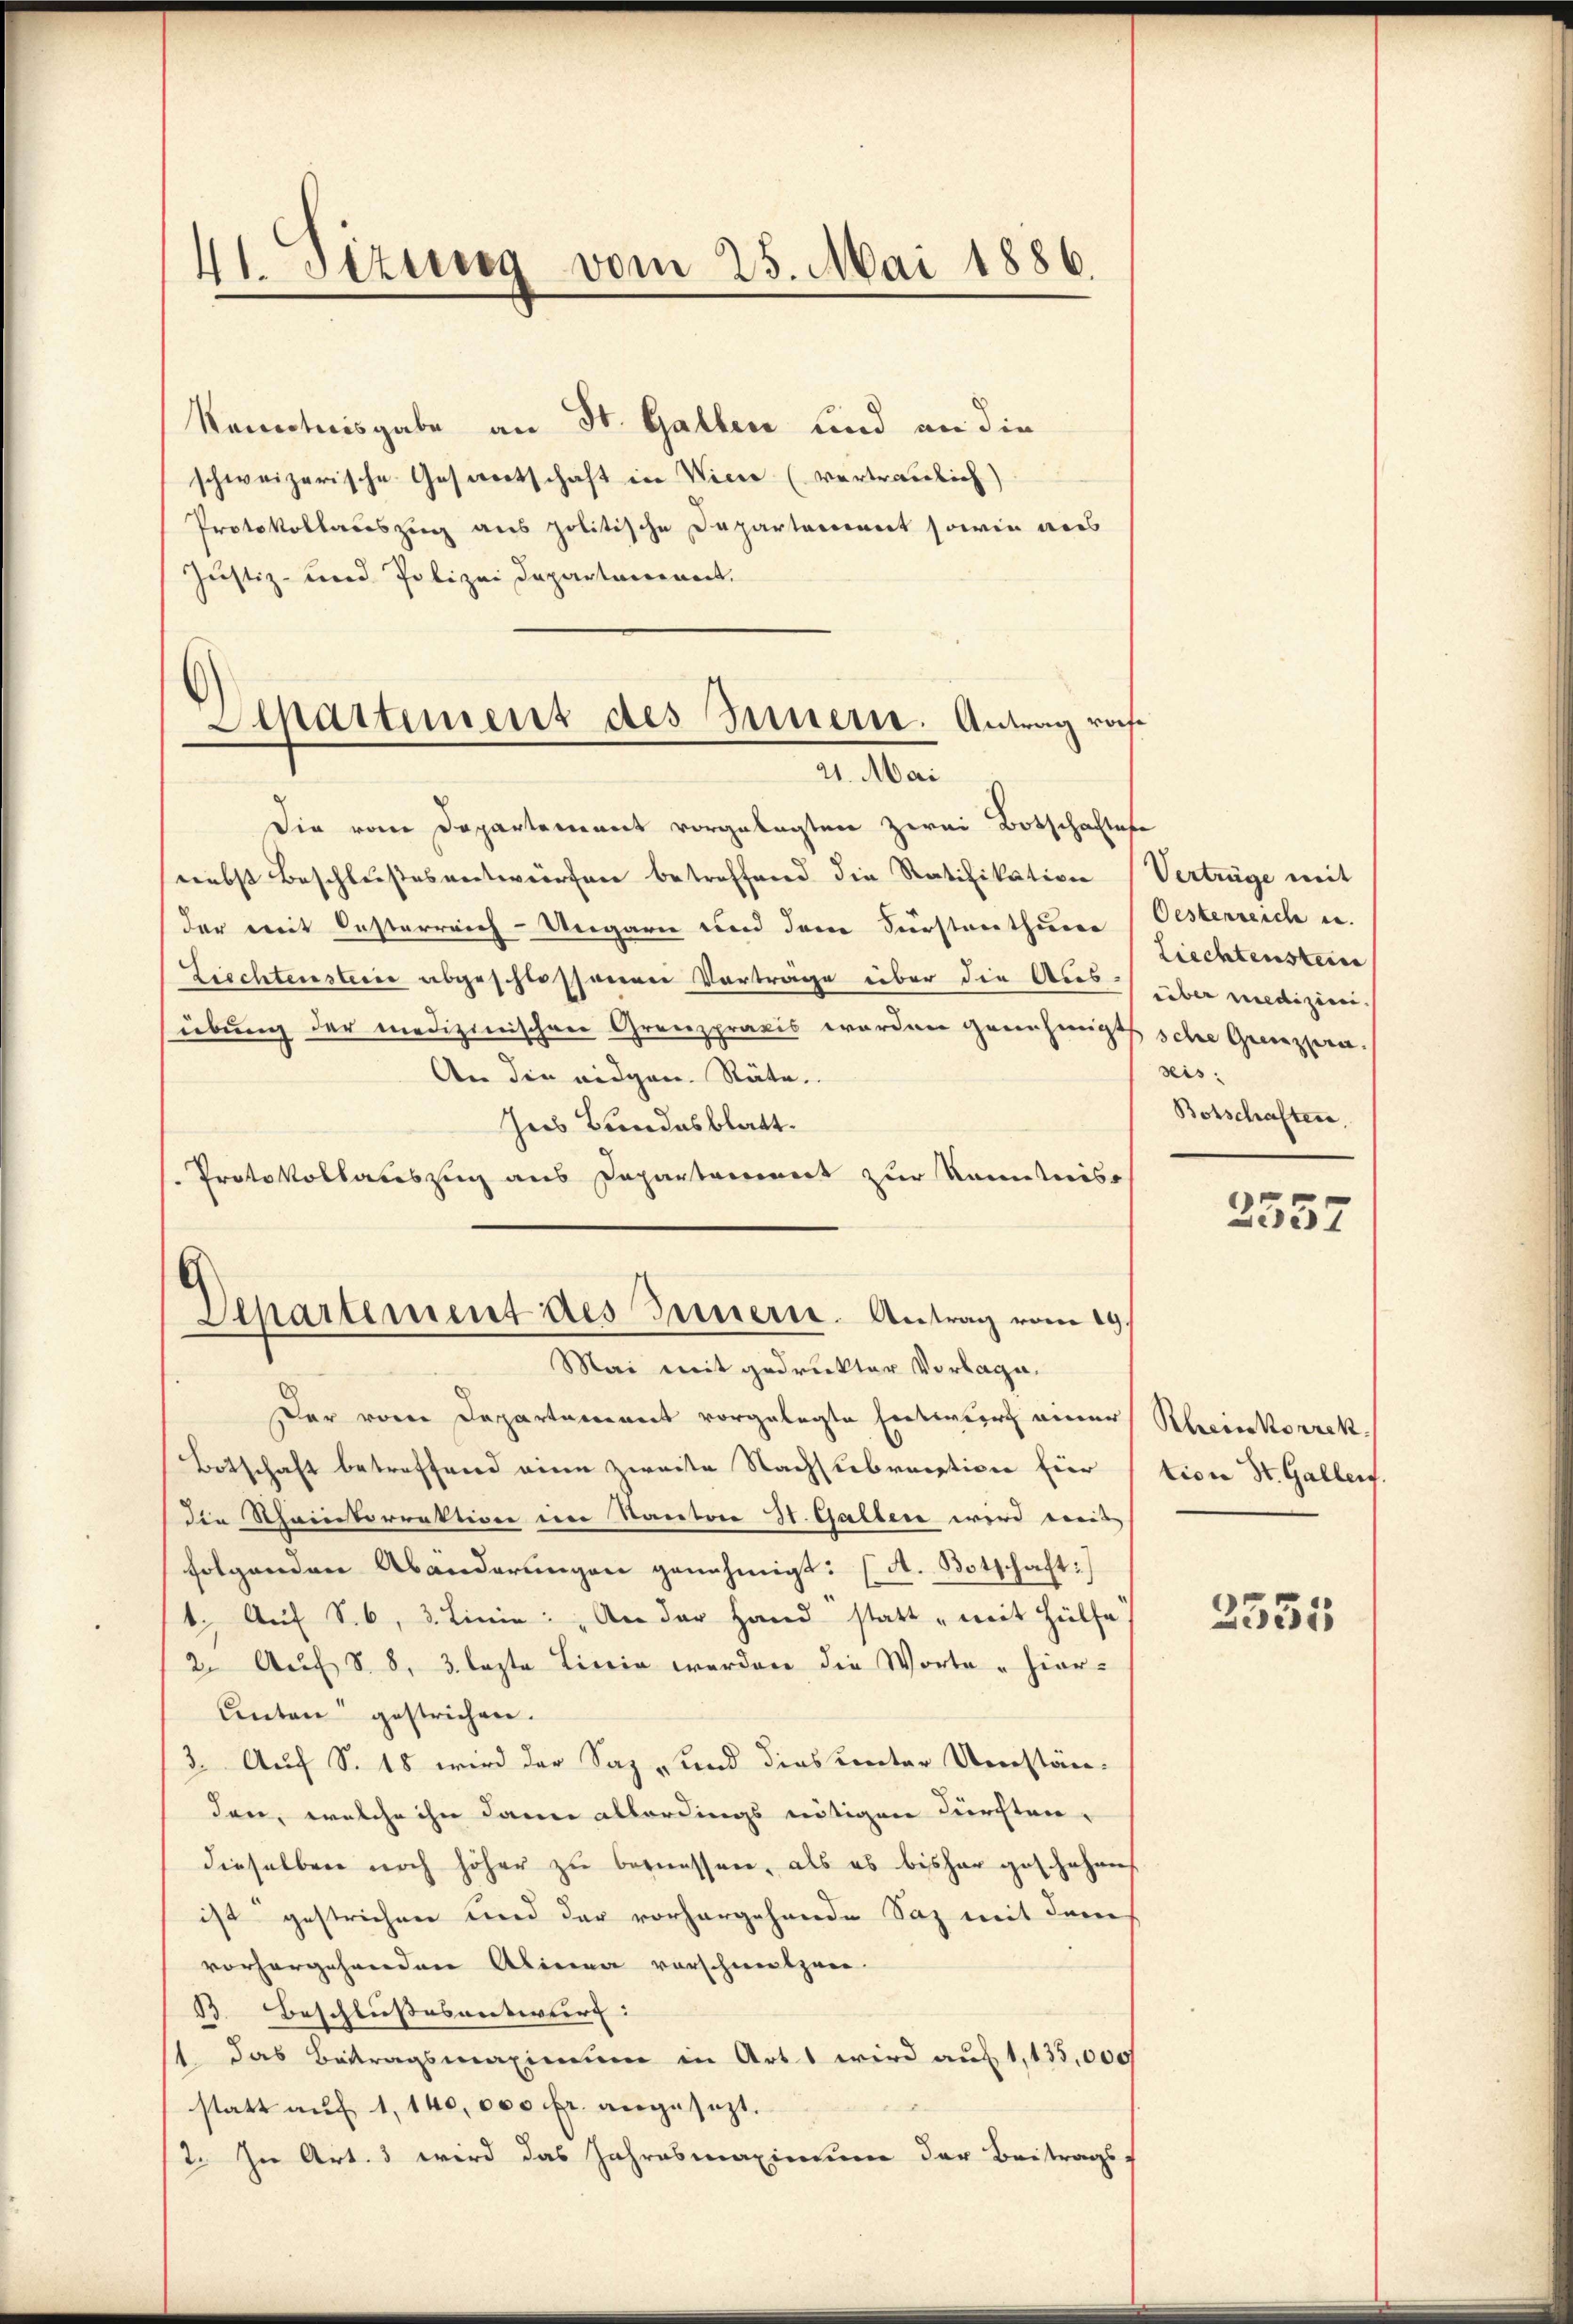
Kenntnisgabe an St. Gallen und an die
schweizerische Geserortschaft in Viere (vertraulich)
Protokollauszug aus politische Departement sowie aus
Justiz- und Polizei Departanenet.
Separtement des Innern. Antrag rach¬

41. Sizung vom 25. Mai 1886.

21. Mai

Mai mit gedruckter Vorlage.

Die vom Departement vorgelegten zwei Botschaftese
nebst Beschlusses vertwerfen betreffend die Ratifikativen
der mit Oesterreich-Ungarn und dem Sursten thuere
Ziechtensteine abgeschlossenen Vortrage über die Aus-
übung der medizinischen Grenzpraxis worden genehmigt
An die eidgen. Räte.
Ins Bundesblatt.
Protokollateszug aus Departerriert zur Kenntniss
Departement des Innern. Antrag vom 19.

Der vom Departement vorgelegte Entwurf einer
Botschaft betreffend eine zweite Nachstebraction hier
die Rheintorrektion im Kanton 31. Gallen wird weis
folgenden Abänderungen genehmigt: (A. Botschaft:
1. Aŭf S. 6, 3. Linie: „An der Hand statt „mit Hülfe.
2. Aŭf § 8, 3 lezte Linie werden die Worte "Hier-
anten gestrichen.
3. Auf S. 18 wird der Saz und dies unter Umständen, welche ihn dann allordings nötigen Dürchten,
dieselben noch höher zu benessen, als es bisher geschehens
ist gestrichen und der vorhergehende Saz mit dem
vorhergehenden Alinea vorschneetzen.
B. Beschlussesentwurf: |
1 das Betragsmaximum in Art wird auf 1,135,000
statt auf 1, 140,000 fr. angesezt.
2. In Art. 3 wird das Jahresmaxinium der Beitragsf

Vertrüge mit
Oesterreiche in
Liechtenstein
über medizini.
sche Grenzpra.
reis:
Botschaften.
2557

Rheinkorrek
tion St. Gallen.

2335